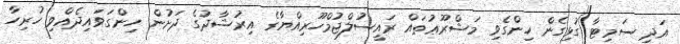
އަދި ސަމިޓާ ގުޅިގެން ހިންގެވި މަޝްރޫޢުތައް ރައީސުލްޖުމްހޫރިއްޔާގެ އިރުޝާދުގެ ދަށުން ހިންގަވައިދެއްވި ހުރިހާ